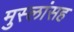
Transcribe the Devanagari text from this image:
मुस्लांसह